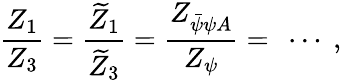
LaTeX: {\frac{Z_{1}}{Z_{3}}}={\frac{\widetilde Z_{1}}{\widetilde Z_{3}}}={\frac{Z_{\bar{\psi}\psi A}}{Z_{\psi}}}=\ \cdots\ ,